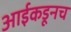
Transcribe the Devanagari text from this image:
आईकडूनच